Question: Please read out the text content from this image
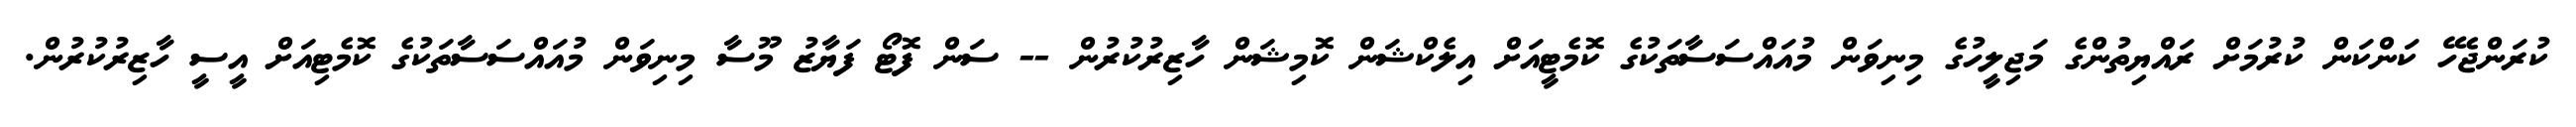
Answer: ކުރަންޖެހޭ ކަންކަން ކުރުމަށް ރައްޔިތުންގެ މަޖިލީހުގެ މިނިވަން މުއައްސަސާތަކުގެ ކޮމެޓީއަށް އިލެކްޝަން ކޮމިޝަން ހާޒިރުކުރުން -- ސަން ފޮޓޯ ފަޔާޒު މޫސާ މިނިވަން މުއައްސަސާތަކުގެ ކޮމެޓިއަށް އީސީ ހާޒިރުކުރުން.